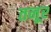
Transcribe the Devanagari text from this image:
तनूर